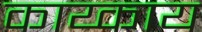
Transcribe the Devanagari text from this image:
काय्काय